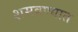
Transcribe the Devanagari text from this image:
शमवण्यात